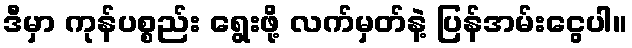
ဒီမှာ ကုန်ပစ္စည်း ရွေးဖို့ လက်မှတ်နဲ့ ပြန်အမ်းငွေပါ။